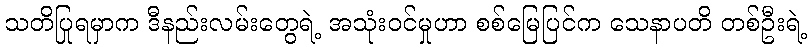
သတိပြုရမှာက ဒီနည်းလမ်းတွေရဲ့ အသုံးဝင်မှုဟာ စစ်မြေပြင်က သေနာပတိ တစ်ဦးရဲ့